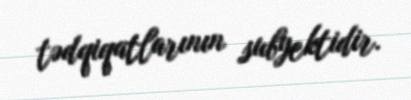
tədqiqatlarının subyektidir.